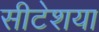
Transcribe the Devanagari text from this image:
सीटेशया